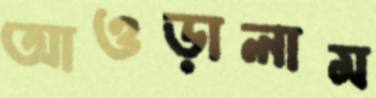
আওড়ালাম